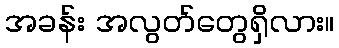
အခန်း အလွတ်တွေရှိလား။